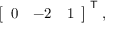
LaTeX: { \left[ \begin{array} { l l l } { 0 } & { - 2 } & { 1 } \end{array} \right] } ^ { \textsf { T } } ,